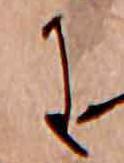
に